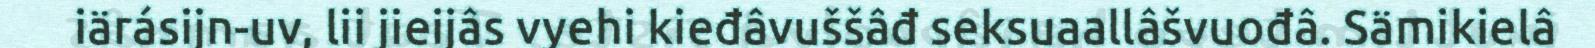
iärásijn-uv, lii jieijâs vyehi kieđâvuššâđ seksuaallâšvuođâ. Sämikielâ